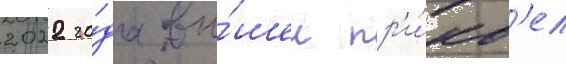
2022 го́да вы́шел пр'и́кв'ел